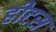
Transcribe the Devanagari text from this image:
हीटस